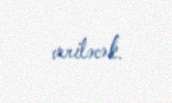
veriləcək.